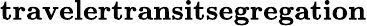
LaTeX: \textbf{travelertransitsegregation}